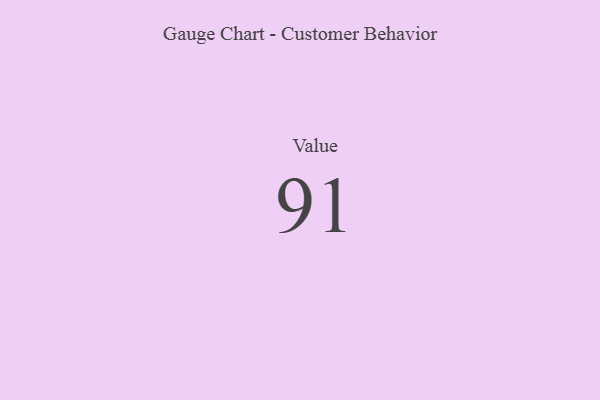
{"axis": {"x": "Metric", "y": "Value"}, "legend": [""], "data": [{"x": "Value", "y": 91, "type": ""}]}